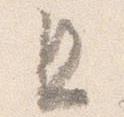
且